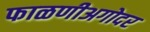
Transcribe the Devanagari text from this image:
फाळणीअगोदर